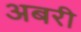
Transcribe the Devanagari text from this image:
अबरी